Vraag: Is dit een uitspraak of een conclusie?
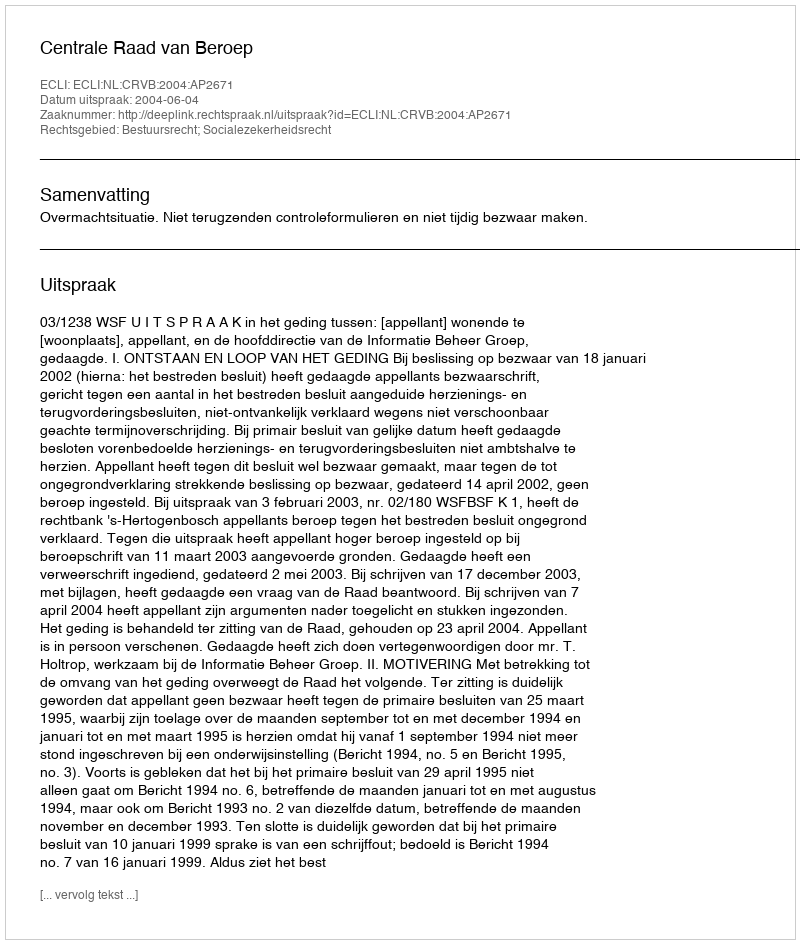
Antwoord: Uitspraak